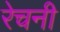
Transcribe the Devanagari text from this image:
रेचनी